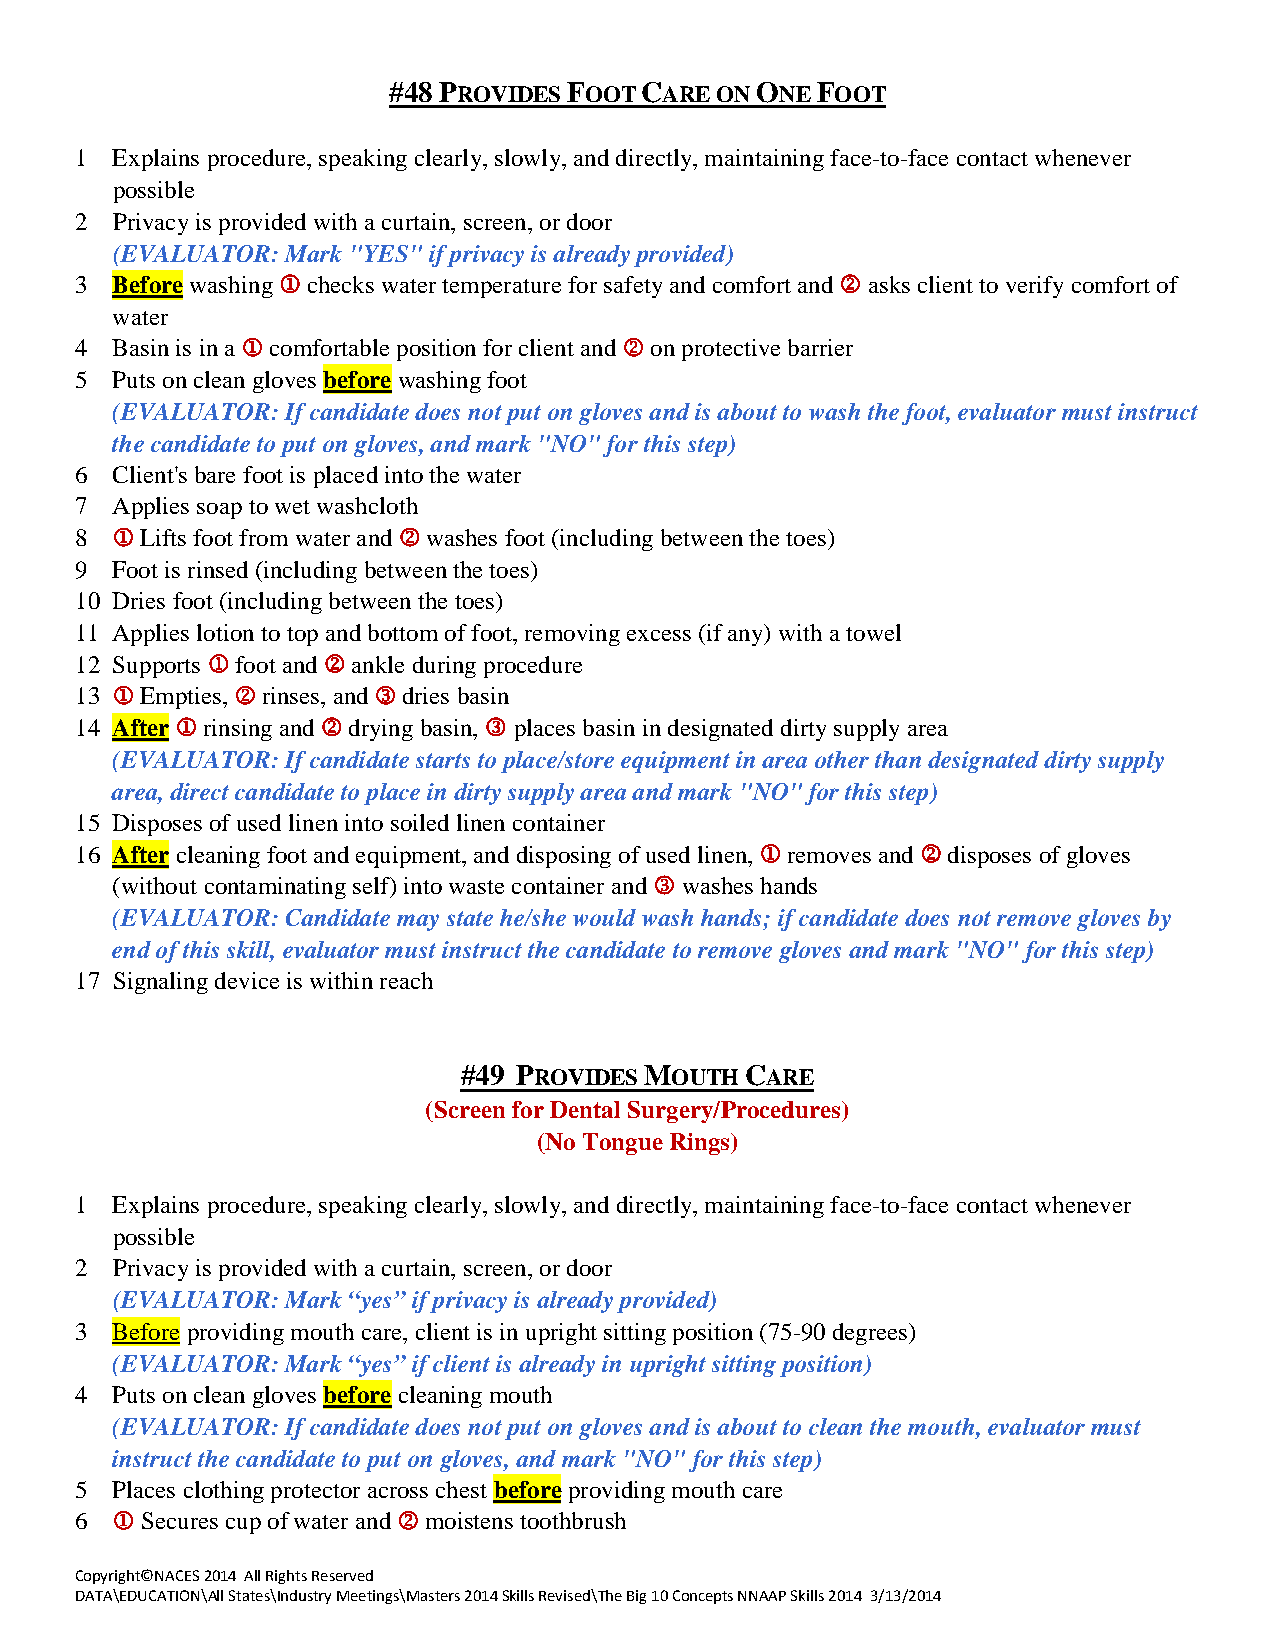
#48 PROVIDES FOOT CARE ON ONE FOOT
 1 Explains procedure, speaking clearly, slowly, and directly, maintaining face-to-face contact whenever
 possible
 2 Privacy is provided with a curtain, screen, or door
 (EVALUATOR: Mark "YES" if privacy is already provided)
 3 Before washing  checks water temperature for safety and comfort and  asks client to verify comfort of
 water
 4 Basin is in a  comfortable position for client and  on protective barrier
 5 Puts on clean gloves before washing foot
 (EVALUATOR: If candidate does not put on gloves and is about to wash the foot, evaluator must instruct
 the candidate to put on gloves, and mark "NO" for this step)
 6 Client's bare foot is placed into the water
 7 Applies soap to wet washcloth
 8  Lifts foot from water and  washes foot (including between the toes)
 9 Foot is rinsed (including between the toes)
 10 Dries foot (including between the toes)
 11 Applies lotion to top and bottom of foot, removing excess (if any) with a towel
 12 Supports  foot and  ankle during procedure
 13  Empties,  rinses, and  dries basin
 14 After  rinsing and  drying basin,  places basin in designated dirty supply area
 (EVALUATOR: If candidate starts to place/store equipment in area other than designated dirty supply
 area, direct candidate to place in dirty supply area and mark "NO" for this step)
 15 Disposes of used linen into soiled linen container
 16 After cleaning foot and equipment, and disposing of used linen,  removes and  disposes of gloves
 (without contaminating self) into waste container and  washes hands
 (EVALUATOR: Candidate may state he/she would wash hands; if candidate does not remove gloves by
 end of this skill, evaluator must instruct the candidate to remove gloves and mark "NO" for this step)
 17 Signaling device is within reach
 #49 PROVIDES MOUTH CARE
 (Screen for Dental Surgery/Procedures)
 (No Tongue Rings)
 1 Explains procedure, speaking clearly, slowly, and directly, maintaining face-to-face contact whenever
 possible
 2 Privacy is provided with a curtain, screen, or door
 (EVALUATOR: Mark “yes” if privacy is already provided)
 3 Before providing mouth care, client is in upright sitting position (75-90 degrees)
 (EVALUATOR: Mark “yes” if client is already in upright sitting position)
 4 Puts on clean gloves before cleaning mouth
 (EVALUATOR: If candidate does not put on gloves and is about to clean the mouth, evaluator must
 instruct the candidate to put on gloves, and mark "NO" for this step)
 5 Places clothing protector across chest before providing mouth care
 6  Secures cup of water and  moistens toothbrush
 Copyright©NACES 2014 All Rights Reserved
 DATA\EDUCATION\All States\Industry Meetings\Masters 2014 Skills Revised\The Big 10 Concepts NNAAP Skills 2014 3/13/2014